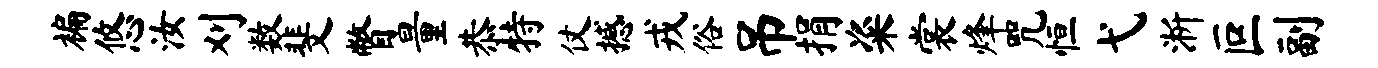
褊悠汝刈数斐瞥量恭特仗撼戎俗吊捐粢裳烽咒恒弋淅叵副